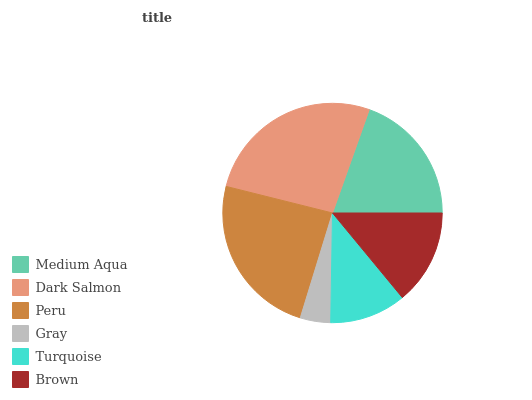
| Medium Aqua | Dark Salmon | Peru | Gray | Turquoise | Brown |
 | --- | --- | --- | --- | --- | --- |
 | 19.6% | 26.6% | 24.2% | 4.47% | 11.2% | 14% |